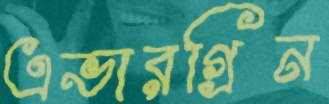
এভারগ্রিন